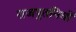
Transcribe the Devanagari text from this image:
राजपुतनियों